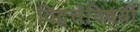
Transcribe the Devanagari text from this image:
विद्वत्तेविषयीं